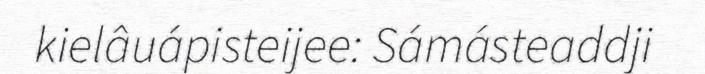
kielâuápisteijee: Sámásteaddji